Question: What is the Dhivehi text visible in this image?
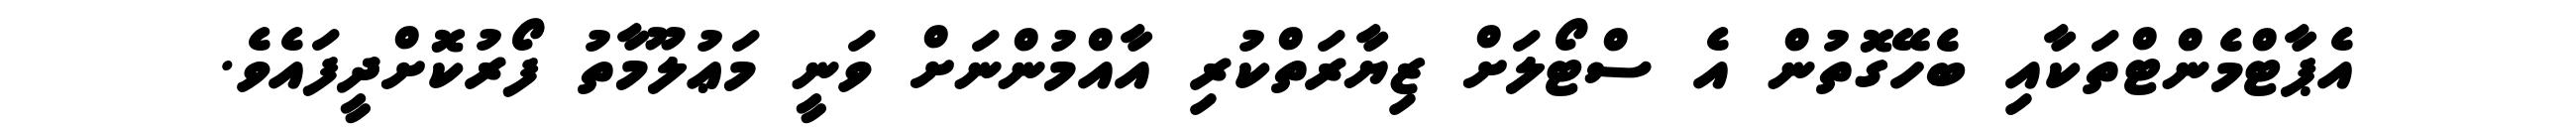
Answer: އެޕާޓްމެންޓްތަކާއި ބެހޭގޮތުން އެ ސްޓޯލަށް ޒިޔާރަތްކުރި އާއްމުންނަށް ވަނީ މަޢުލޫމާތު ފޯރުކޮށްދީފައެވެ.